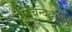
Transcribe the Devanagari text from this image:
गोविन्दबाग़